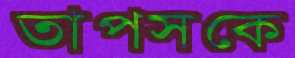
তাপসকে